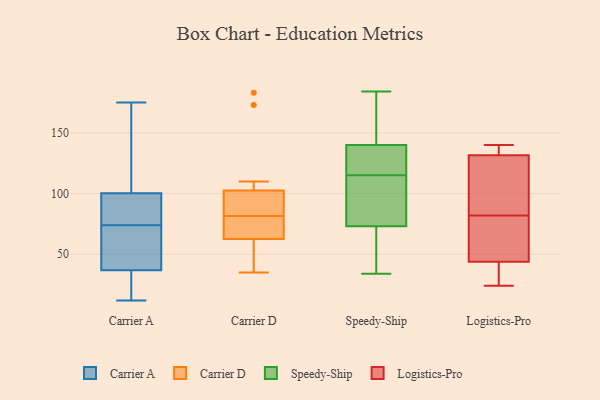
{"axis": {"x": "Churn Rate (%)", "y": "Value"}, "legend": ["Carrier A", "Carrier D", "Logistics-Pro", "Speedy-Ship"], "data": [{"x": "", "y": 89, "type": "Carrier A"}, {"x": "", "y": 74, "type": "Carrier A"}, {"x": "", "y": 36, "type": "Carrier A"}, {"x": "", "y": 31, "type": "Carrier A"}, {"x": "", "y": 49, "type": "Carrier A"}, {"x": "", "y": 175, "type": "Carrier A"}, {"x": "", "y": 39, "type": "Carrier A"}, {"x": "", "y": 12, "type": "Carrier A"}, {"x": "", "y": 111, "type": "Carrier A"}, {"x": "", "y": 104, "type": "Carrier A"}, {"x": "", "y": 76, "type": "Carrier A"}, {"x": "", "y": 81, "type": "Carrier D"}, {"x": "", "y": 173, "type": "Carrier D"}, {"x": "", "y": 82, "type": "Carrier D"}, {"x": "", "y": 71, "type": "Carrier D"}, {"x": "", "y": 92, "type": "Carrier D"}, {"x": "", "y": 54, "type": "Carrier D"}, {"x": "", "y": 95, "type": "Carrier D"}, {"x": "", "y": 35, "type": "Carrier D"}, {"x": "", "y": 110, "type": "Carrier D"}, {"x": "", "y": 73, "type": "Carrier D"}, {"x": "", "y": 54, "type": "Carrier D"}, {"x": "", "y": 183, "type": "Carrier D"}, {"x": "", "y": 157, "type": "Speedy-Ship"}, {"x": "", "y": 79, "type": "Speedy-Ship"}, {"x": "", "y": 121, "type": "Speedy-Ship"}, {"x": "", "y": 184, "type": "Speedy-Ship"}, {"x": "", "y": 140, "type": "Speedy-Ship"}, {"x": "", "y": 109, "type": "Speedy-Ship"}, {"x": "", "y": 127, "type": "Speedy-Ship"}, {"x": "", "y": 34, "type": "Speedy-Ship"}, {"x": "", "y": 64, "type": "Speedy-Ship"}, {"x": "", "y": 73, "type": "Speedy-Ship"}, {"x": "", "y": 139, "type": "Logistics-Pro"}, {"x": "", "y": 39, "type": "Logistics-Pro"}, {"x": "", "y": 133, "type": "Logistics-Pro"}, {"x": "", "y": 108, "type": "Logistics-Pro"}, {"x": "", "y": 58, "type": "Logistics-Pro"}, {"x": "", "y": 82, "type": "Logistics-Pro"}, {"x": "", "y": 127, "type": "Logistics-Pro"}, {"x": "", "y": 140, "type": "Logistics-Pro"}, {"x": "", "y": 25, "type": "Logistics-Pro"}, {"x": "", "y": 58, "type": "Logistics-Pro"}, {"x": "", "y": 24, "type": "Logistics-Pro"}]}